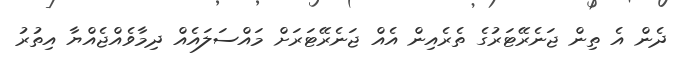
ދެން އެ ތިން ޖަނެރޭޓަރުގެ ތެރެއިން އެއް ޖަނެރޭޓަރަށް މައްސަލައެއް ދިމާވެއްޖެއްޔާ އިތުރު